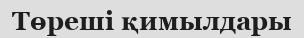
Төреші қимылдары